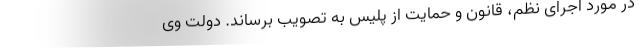
در مورد اجرای نظم، قانون و حمایت از پلیس به تصویب برساند. دولت وی